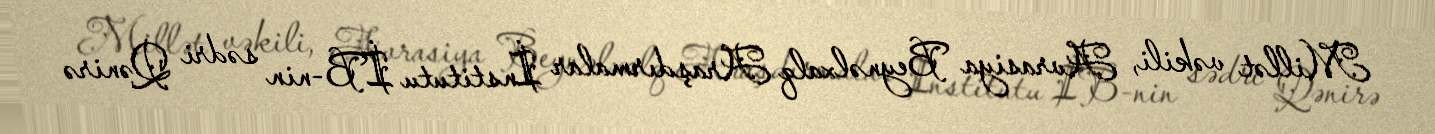
Millət vəkili, Avrasiya Beynəlxalq Araşdırmalar İnstitutu İB-nin sədri Qənirə